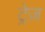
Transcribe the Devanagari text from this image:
ट्रेज़